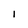
Character: l